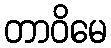
တာဝိမေ